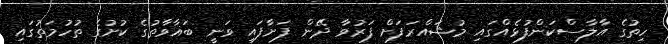
ހިތުގެ އާލާސްކަންފުޅެއްގައި މުޝައްރަފަށް ފަރުވާ ދޭން ފަށާފައި ވަނީ ބަޣާވާތުގެ ކުށުގެ ތުހުމަތުގައި